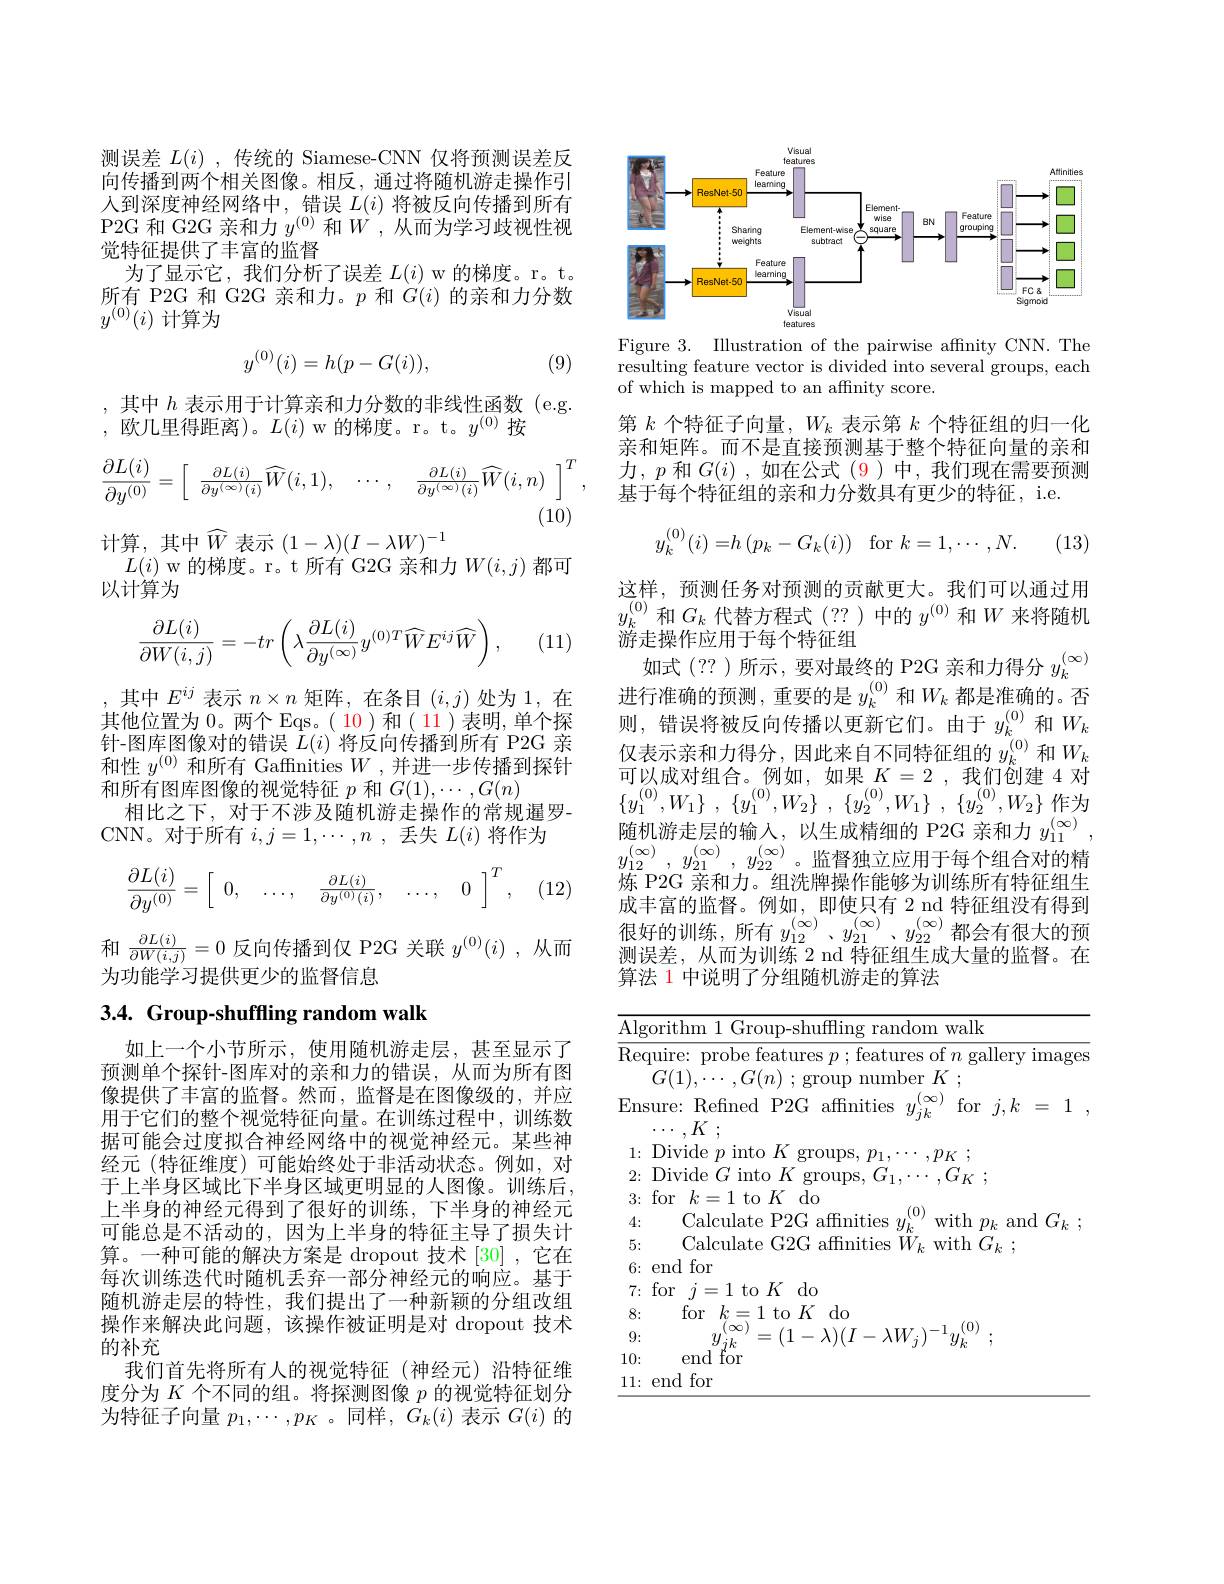
测误差$L(i)$ ,传统的 Siamese-CNN 仅将预测误差反向传播到两个相关图像。相反，通过将随机游走操作引人到深度神经网络中，错误$L(i)$将被反向传播到所有P2G 和 G2G 亲和力$y^{(0)}$和$W^{\prime}$,从而为学习歧视性视觉特征提供了丰富的监督
为了显示它，我们分析了误差$L(i)$ w 的梯度。r。t。所有 P2G 和 G2G 亲和力。$p$和$G(i)$的亲和力分数$y^{(0)}(i)$计算为

(9)
$$y^{(0)}(i)=h(p-G(i)),$$
,其中$h$表示用于计算亲和力分数的非线性函数(e.g.

,欧几里得距离)。$L(i)$ w 的梯度。r。t。$y^(0)$按
$$\frac{\partial L(i)}{\partial y^{(0)}}=\left[\begin{array}{ccc}\frac{\partial L(i)}{\partial y^{(\infty)}(i)}\widehat W(i,1),&\cdots,&\frac{\partial L(i)}{\partial y^{(\infty)}(i)}\widehat W(i,n)\end{array}\right]^T,$$
(10)

计算，其中$\widehat{W}$ 表示 $(1-\lambda)(I-\lambda W)^-1$
$L(i)$ w 的梯度。r。t 所有 G2G 亲和力$W(i,j)$都可
以计算为

(11)
$$\frac{\partial L(i)}{\partial W(i,j)}=-tr\left(\lambda\frac{\partial L(i)}{\partial y^{(\infty)}}y^{(0)T}\widehat{W}E^{ij}\widehat{W}\right),$$
,其中$E^ij$表示$n\times n$矩阵，在条目$(i,j)$处为 1,在其他位置为0。两个 Eqs。( 10)和( 11)表明，单个探针-图库图像对的错误$L(i)$将反向传播到所有 P2G 亲和性$y^{(0)}$和所有 Gaffnities $W$ ,并进一步传播到探针和所有图库图像的视觉特征$p$和$G(1),\cdots,G(n)$
相比之下，对于不涉及随机游走操作的常规暹罗-
CNN。对于所有$i,j=1,\cdots,n$ ,丢失$L(i)$将作为

(12)
$$\dfrac{\partial L(i)}{\partial y^{(0)}}=\left[\begin{array}{cccc}0,&\ldots,&\frac{\partial L(i)}{\partial y^{(0)}(i)},&\ldots,&0\end{array}\right]^T,$$
和$\frac{\partial L(i)}{\partial W(i,j)}=0$反向传播到仅 P2G 关联$y^{(0)}(i)$ ,从而
为功能学习提供更少的监督信息

# 3.4. Group-shuffling random walk

如上一个小节所示，使用随机游走层，甚至显示了预测单个探针-图库对的亲和力的错误，从而为所有图像提供了丰富的监督。然而，监督是在图像级的，并应用于它们的整个视觉特征向量。在训练过程中，训练数据可能会过度拟合神经网络中的视觉神经元。某些神经元(特征维度)可能始终处于非活动状态。例如，对于上半身区域比下半身区域更明显的人图像。训练后， 上半身的神经元得到了很好的训练，下半身的神经元可能总是不活动的，因为上半身的特征主导了损失计算。一种可能的解决方案是 dropout 技术 [30] ,它在每次训练迭代时随机丢弃一部分神经元的响应。基于随机游走层的特性，我们提出了一种新颖的分组改组操作来解决此问题，该操作被证明是对 dropout 技术的补充
我们首先将所有人的视觉特征(神经元)沿特征维度分为$K$个不同的组。将探测图像$p$的视觉特征划分为特征子向量$p_1,\cdots,p_K$ 。同样，$G_k(i)$表示$G(i)$的

<FigureHere>
Figure 3. Illustration of the pairwise affnity CNN. The

resulting feature vector is divided into several groups, each
of which is mapped to an affnity score.

第$k$个特征子向量，$W_k$表示第$k$个特征组的归一化亲和矩阵。而不是直接预测基于整个特征向量的亲和力，$p$和$G(i)$ ,如在公式 (9)中，我们现在需要预测基于每个特征组的亲和力分数具有更少的特征，i.e.
$$y_k^{(0)}(i)=h\left(p_k-G_k(i)\right)\quad\mathrm{for}\:k=1,\cdots,N.$$
(13)

这样，预测任务对预测的贡献更大。我们可以通过用$y_{k}^{(0)}$和$G_k$代替方程式(??)中的$y^{(0)}$和$W$来将随机游走操作应用于每个特征组
如式(??)所示，要对最终的 P2G 亲和力得分$y_k^{(\infty)}$ 进行准确的预测，重要的是$y_k^{(0)}$和$W_k$都是准确的。否则，错误将被反向传播以更新它们。由于$y_k^{(0)}$和$W_k$ 仅表示亲和力得分，因此来自不同特征组的$y_k^{(0)}$和$W_k$ 可以成对组合。例如，如果$K=2$,我们创建 4 对$\{ y_{1}^{( 0) }, W_{1}\}$ , $\{ y_{1}^{( 0) }, W_{2}\}$ , $\{ y_{2}^{( 0) }, W_{1}\}$ , $\{ y_{2}^{( 0) }, W_{2}\}$ 作为随机游走层的输入，以生成精细的 P2G 亲和力$y_{11}^{(\infty)}$ $y_{12}^{( \infty ) }$ , $y_{21}^{( \infty ) }$ , $y_{22}^{( \infty ) }$。监督独立应用于每个组合对的精炼 P2G 亲和力。组洗牌操作能够为训练所有特征组生成丰富的监督。例如，即使只有 2 nd 特征组没有得到很 好 的 训 练 , 所 有 $y_{12}^{( \infty ) }、 y_{21}^{( \infty ) }、 y_{22}^{( \infty ) }$都 会 有 很 大 的 预 测 足 并 $I\text{而 为 训 练 }_{2- 1}$杜 尔 绍 在 中 上 具 的 收 权测误差，从而为训练 2 nd 特征组生成大量的监督。在算法 1 中说明了分组随机游走的算法

<table>
	<tbody>
		<tr>
			<td>$\overline{\mathrm{A}}$</td>
			<td>walk thn</td>
		</tr>
		<tr>
			<td>${\mathrm{R}}\epsilon$</td>
			<td>quire: probe features $p;$features of $n$ gallery images $G(1),\cdots,G(n)$ ; group number $K$ ;</td>
		</tr>
		<tr>
			<td>$Er$</td>
			<td>sure: Refined P2G affnities $y_{jk}$ $\therefore\infty$ for $j,k=1$ $k.$</td>
		</tr>
		<tr>
			<td>4</td>
			<td>Calculate ${\mathrm{e~P2G}}$ affinitie $x\dot{ı}th$ amd $G_{k}$ $\lim_{n\to\infty}\frac1{n^n}$</td>
		</tr>
		<tr>
			<td>8</td>
			<td>for$k=1$to$K$ do</td>
		</tr>
		<tr>
			<td>9</td>
			<td>$\lambda)(T$ $\lambda|A/.$ $u$ :1.</td>
		</tr>
		<tr>
			<td>10</td>
			<td>end  for</td>
		</tr>
		<tr>
			<td>111 1  </td>
			<td>end [for</td>
		</tr>
	</tbody>
</table>